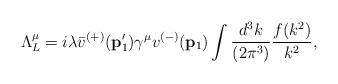
\begin{align*}\Lambda^{\mu}_{L}=i\lambda\bar v^{(+)}({\bf p}_{1}^{\prime})\gamma^{\mu}v^{(-)}({\bf p}_{1})\int\frac{d^{3}k}{(2\pi^{3})}\frac{f(k^{2})}{k^2},\end{align*}